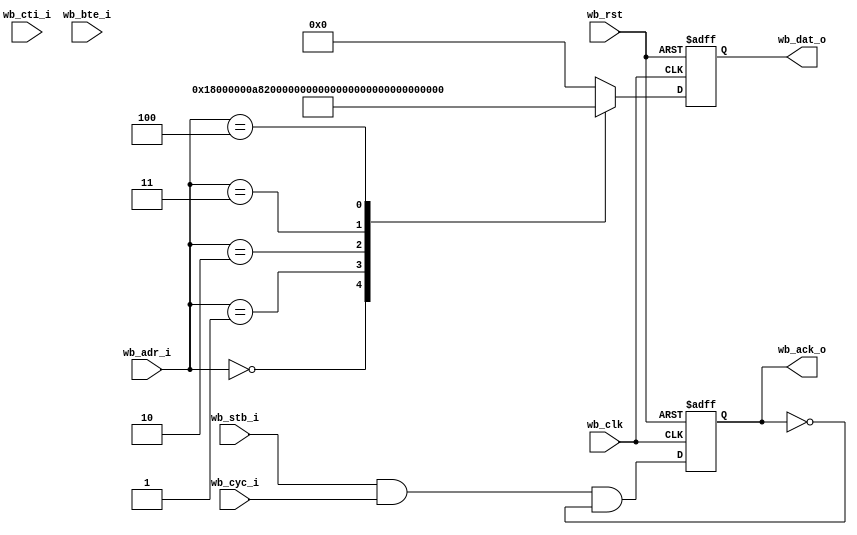
//////////////////////////////////////////////////////////////////////
////                                                              ////
////  ROM                                                         ////
////                                                              ////
////  Author(s):                                                  ////
////      - Michael Unneback (unneback@opencores.org)             ////
////      - Julius Baxter    (julius@opencores.org)               ////
////                                                              ////
//////////////////////////////////////////////////////////////////////
////                                                              ////
//// Copyright (C) 2009 Authors                                   ////
////                                                              ////
//// This source file may be used and distributed without         ////
//// restriction provided that this copyright statement is not    ////
//// removed from the file and that any derivative work contains  ////
//// the original copyright notice and the associated disclaimer. ////
////                                                              ////
//// This source file is free software; you can redistribute it   ////
//// and/or modify it under the terms of the GNU Lesser General   ////
//// Public License as published by the Free Software Foundation; ////
//// either version 2.1 of the License, or (at your option) any   ////
//// later version.                                               ////
////                                                              ////
//// This source is distributed in the hope that it will be       ////
//// useful, but WITHOUT ANY WARRANTY; without even the implied   ////
//// warranty of MERCHANTABILITY or FITNESS FOR A PARTICULAR      ////
//// PURPOSE.  See the GNU Lesser General Public License for more ////
//// details.                                                     ////
////                                                              ////
//// You should have received a copy of the GNU Lesser General    ////
//// Public License along with this source; if not, download it   ////
//// from http://www.opencores.org/lgpl.shtml                     ////
////                                                              ////
//////////////////////////////////////////////////////////////////////

module rom #(
	parameter ADDR_WIDTH = 5,
	parameter B3_BURST   = 0
)
(
	input					wb_clk,
	input					wb_rst,
	input	[(ADDR_WIDTH + 2) - 1:2]	wb_adr_i,
	input					wb_stb_i,
	input					wb_cyc_i,
	input		[2:0]			wb_cti_i,
	input		[1:0]			wb_bte_i,
	output reg	[31:0]			wb_dat_o,
	output reg				wb_ack_o
);

reg [ADDR_WIDTH-1:0]	adr;

always @ (posedge wb_clk or posedge wb_rst)
if (wb_rst)
	wb_dat_o <= 32'h15000000;
else
	case (adr)
	// Zero r0 and jump to 0x00000100
	0 : wb_dat_o <= 32'h18000000;
	1 : wb_dat_o <= 32'hA8200000;
	2 : wb_dat_o <= 32'hA8C00100;
	3 : wb_dat_o <= 32'h44003000;
	4 : wb_dat_o <= 32'h15000000;
	default: wb_dat_o <= 32'h00000000;
	endcase // case (wb_adr_i)

generate
if (B3_BURST) begin : gen_B3_BURST
	reg	wb_stb_i_r;
	reg	new_access_r;
	reg	burst_r;

	wire burst = wb_cyc_i & (!(wb_cti_i == 3'b000)) & (!(wb_cti_i == 3'b111));
	wire new_access = (wb_stb_i & !wb_stb_i_r);
	wire new_burst = (burst & !burst_r);

	always @(posedge wb_clk) begin
	new_access_r <= new_access;
	burst_r <= burst;
	wb_stb_i_r <= wb_stb_i;
	end

	always @(posedge wb_clk)
	if (wb_rst)
		adr <= 0;
	else if (new_access)
		// New access, register address, ack a cycle later
		adr <= wb_adr_i[(ADDR_WIDTH+2)-1:2];
		else if (burst) begin
			if (wb_cti_i == 3'b010)
				case (wb_bte_i)
				2'b00: adr <= adr + 1;
				2'b01: adr[1:0] <= adr[1:0] + 1;
				2'b10: adr[2:0] <= adr[2:0] + 1;
				2'b11: adr[3:0] <= adr[3:0] + 1;
				endcase // case (wb_bte_i)
			else
				adr <= wb_adr_i[(ADDR_WIDTH+2)-1:2];
		end // if (burst)


	always @(posedge wb_clk)
	if (wb_rst)
		wb_ack_o <= 0;
		else if (wb_ack_o & (!burst | (wb_cti_i == 3'b111)))
			wb_ack_o <= 0;
		else if (wb_stb_i & ((!burst & !new_access & new_access_r) |
			(burst & burst_r)))
			wb_ack_o <= 1;
		else
			wb_ack_o <= 0;

end else begin
	always @(wb_adr_i)
	adr <= wb_adr_i;

	always @ (posedge wb_clk or posedge wb_rst)
	if (wb_rst)
		wb_ack_o <= 1'b0;
	else
		wb_ack_o <= wb_stb_i & wb_cyc_i & !wb_ack_o;
end

endgenerate

endmodule